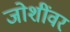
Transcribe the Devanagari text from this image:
जोशींवर